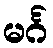
မင်္ဂ